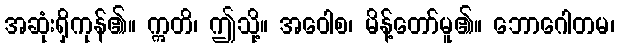
အဆုံးရှိကုန်၏။ ဣတိ၊ ဤသို့။ အဝေါစ၊ မိန့်တော်မူ၏။ ဘောဂေါတမ၊